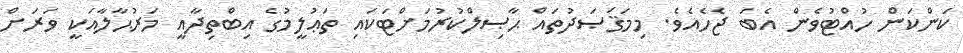
ކަންކަން ހުއްޓުވެން އެބަ ޖެހެއެވެ. މިމަޤަޞަދުތައް ޙާޞިލްކުރުމަށްޓަކައި ތަޢުލީމުގެ އިބްތިދާއީ މަރުޙާލާއަކީ ވަރަށް